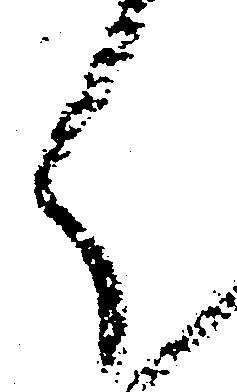
く